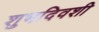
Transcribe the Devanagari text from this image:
शुभदिवशी